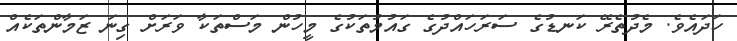
ހަދައެވެ. މެދުތެރޭ ކަނޑުގެ ސަރަހައްދުގެ ގައުމުތަކުގެ މީހުން މަސްތަކާ ވަރަށް ގިނަ ޒަމާންތަކެއް